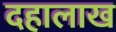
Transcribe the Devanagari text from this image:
दहालाख